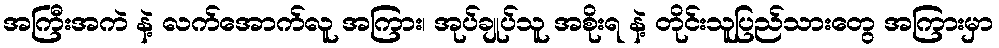
အကြီးအကဲ နဲ့ လက်အောက်လူ အကြား၊ အုပ်ချုပ်သူ အစိုးရ နဲ့ တိုင်းသူပြည်သားတွေ အကြားမှာ